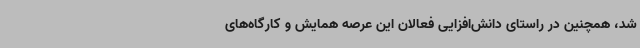
شد، همچنین در راستای دانش‌افزایی فعالان این عرصه همایش و کارگاه‌های